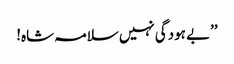
’’بے ہودگی نہیں سلامہ شاہ!